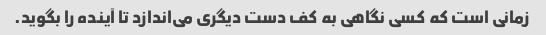
زمانی است که کسی نگاهی به کف دست دیگری می‌اندازد تا آینده را بگوید.